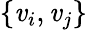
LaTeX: \{ \mathit{v}_{i},\mathit{v}_{j}\}